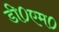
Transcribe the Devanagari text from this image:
डी०एम०